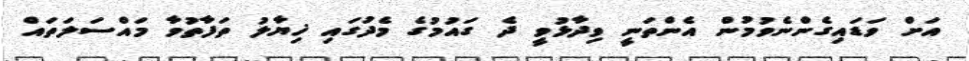
އަށް ވަޑައިގެންނެވުމުން އެންތަނީ ވިދާޅުވީ ދެ ގައުމުގެ މެދުގައި ޚިޔާލު ތަފާތުވާ މައްސަލަތައް